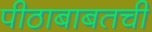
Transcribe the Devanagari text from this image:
पीठाबाबतची